Lunatic asylums in Bengal annual reports 1899-1911 - 1899-1911
Year: 1899
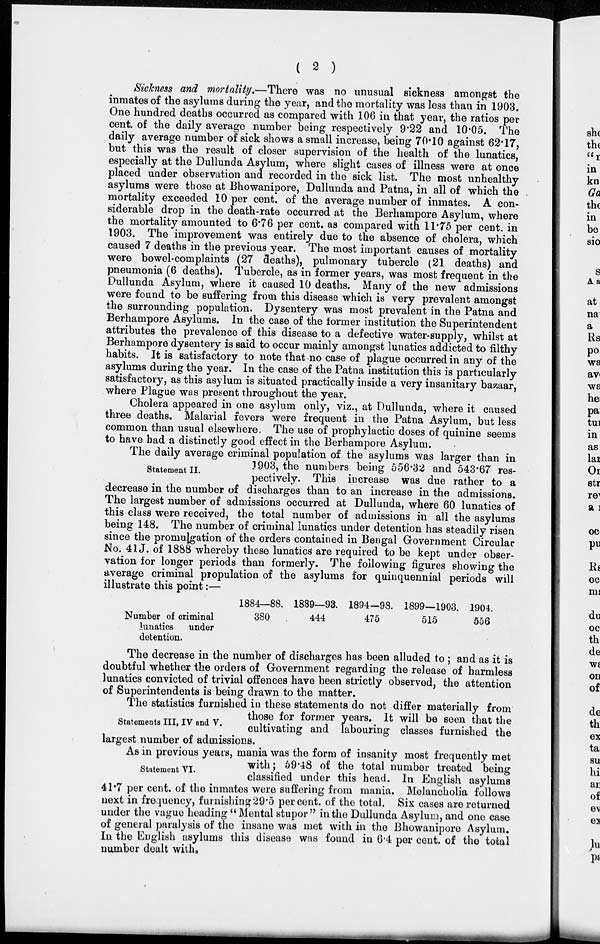
( 2 )
Sickness and mortality.—There was no unusual sickness amongst the
inmates of the asylums during the year, and the mortality was less than in 1903.
One hundred deaths occurred as compared with 106 in that year, the ratios per
cent. of the daily average number being respectively 9.22 and 10.05. The
daily average number of sick shows a small increase, being 70.10 against 62.17,
but this was the result of closer supervision of the health of the lunatics,
especially at the Dullunda Asylum, where slight cases of illness were at once
placed under observation and recorded in the sick list. The most unhealthy
asylums were those at Bhowanipore, Dullunda and Patna, in all of which the
mortality exceeded 10 per cent. of the average number of inmates. A con-
siderable drop in the death-rate occurred at the Berhampore Asylum, where
the mortality amounted to 6.76 per cent. as compared with 11.75 per cent. in
1903. The improvement was entirely due to the absence of cholera, which
caused 7 deaths in the previous year. The most important causes of mortality
were bowel-complaints (27 deaths), pulmonary tubercle (21 deaths) and
pneumonia (6 deaths). Tubercle, as in former years, was most frequent in the
Dullunda Asylum, where it caused 10 deaths. Many of the new admissions
were found to be suffering from this disease which is very prevalent amongst
the surrounding population. Dysentery was most prevalent in the Patna and
Berhampore Asylums. In the case of the former institution the Superintendent
attributes the prevalence of this disease to a defective water-supply, whilst at
Berhampore dysentery is said to occur mainly amongst lunatics addicted to filthy
habits. It is satisfactory to note that no case of plague occurred in any of the
asylums during the year. In the case of the Patna institution this is particularly
satisfactory, as this asylum is situated practically inside a very insanitary bazaar,
where Plague was present throughout the year.
Cholera appeared in one asylum only, viz., at Dullunda, where it caused
three deaths. Malarial fevers were frequent in the Patna Asylum, but less
common than usual elsewhere. The use of prophylactic doses of quinine seems
to have bad a distinctly good effect in the Berhampore Asylum.
Statement II.
The daily average criminal population of the asylums was larger than in
1903, the numbers being 556.32 and 543.67 res-
pectively. This increase was due rather to a
decrease in the number of discharges than to an increase in the admissions.
The largest number of admissions occurred at Dullunda, where 60 lunatics of
this class were received, the total number of admissions in all the asylums
being 148. The number of criminal lunatics under detention has steadily risen
since the promulgation of the orders contained in Bengal Government Circular
No. 41J. of 1888 whereby these lunatics are required to be kept under obser-
vation for longer periods than formerly. The following figures showing the
average criminal propulation of the asylums for quinquennial periods will
illustrate this point:—
Number of criminal
lunatics under
detention.
1884—88.
380
1889—93.
444
1894-98.
475
1899—1903.
515
1904.
556
The decrease in the number of discharges has been alluded to ; and as it is
doubtful whether the orders of Government regarding the release of harmless
lunatics convicted of trivial offences have been strictly observed, the attention
of Superintendents is being drawn to the matter.
Statements III, IV and V.
The statistics furnished in these statements do not differ materially from
those for former years. It will be seen that the
cultivating and labouring classes furnished the
largest number of admissions.
Statement VI.
As in previous years, mania was the form of insanity most frequently met
with; 59.48 of the total number treated being
classified under this head. In English asylums
41.7 per cent. of the inmates were suffering from mania. Melancholia follows
next in frequency, furnishing 29.5 per cent. of the total. Six cases are returned
under the vague heading " Mental stupor" in the Dullunda Asylum, and one case
of general paralysis of the insane was met with in the Bhowanipore Asylum.
In the English asylums this disease was found in 6.4 per cent. of the total
number dealt with.